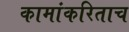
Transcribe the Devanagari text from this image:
कामांकरिताच